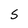
Character: S